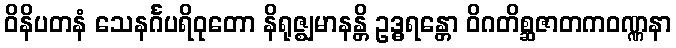
ဝိနိပတနံ သေနင်္ဂပရိဝုတော နိရုဇ္ဈမာနန္တိ ဥဒ္ဓရန္တော ဝိဂတိစ္ဆဇာတကဝဏ္ဏနာ